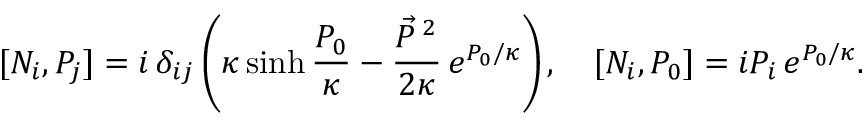
[ N _ { i } , { \cal P } _ { j } ] = i \, \delta _ { i j } \left( \kappa \sinh \frac { { \cal P } _ { 0 } } \kappa - \frac { \vec { { \cal P } } \, { } ^ { 2 } } { 2 \kappa } \, e ^ { { \cal P } _ { 0 } / \kappa } \right) , \quad [ N _ { i } , { \cal P } _ { 0 } ] = i { \cal P } _ { i } \, e ^ { { \cal P } _ { 0 } / \kappa } .